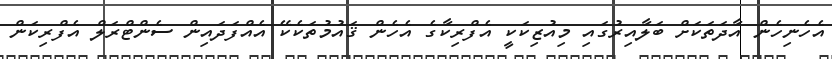
އެހެނިހެން އާދަތަކަށް ބަލާއިރުގައި މިއުޒިކަކީ އެފްރިކާގެ އެހެން ޤައުމުތަކެކޭ އެއްފަދައިން ސެންޓްރަލް އެފްރިކަން